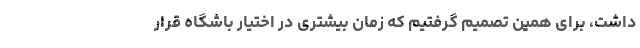
داشت، برای همین تصمیم گرفتیم که زمان بیشتری در اختیار باشگاه قرار